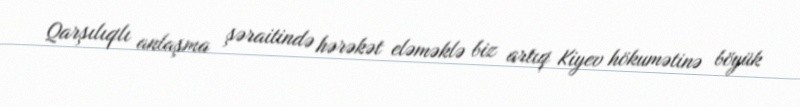
Qarşılıqlı anlaşma şəraitində hərəkət eləməklə biz artıq Kiyev hökumətinə böyük